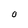
Character: O